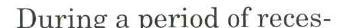
During a period of reces-